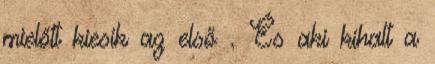
mielőtt kiesik az első . És aki kihalt a